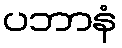
ပဘာနံ